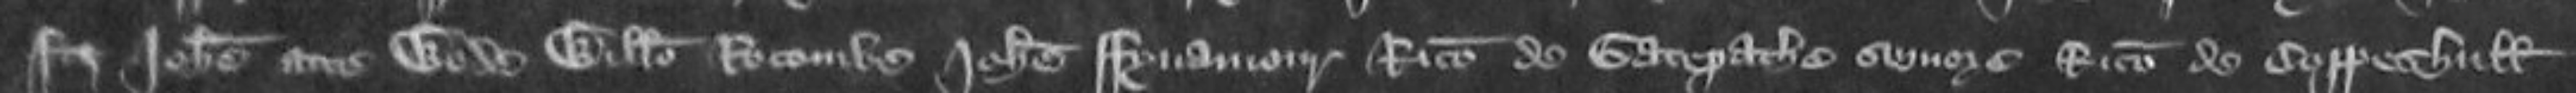
Johanne fitz Johanne atte Wode Willelmo Rocomb Johanne Fynamori Ricardo de Gatepathe synore Ricardo de Coppeshull